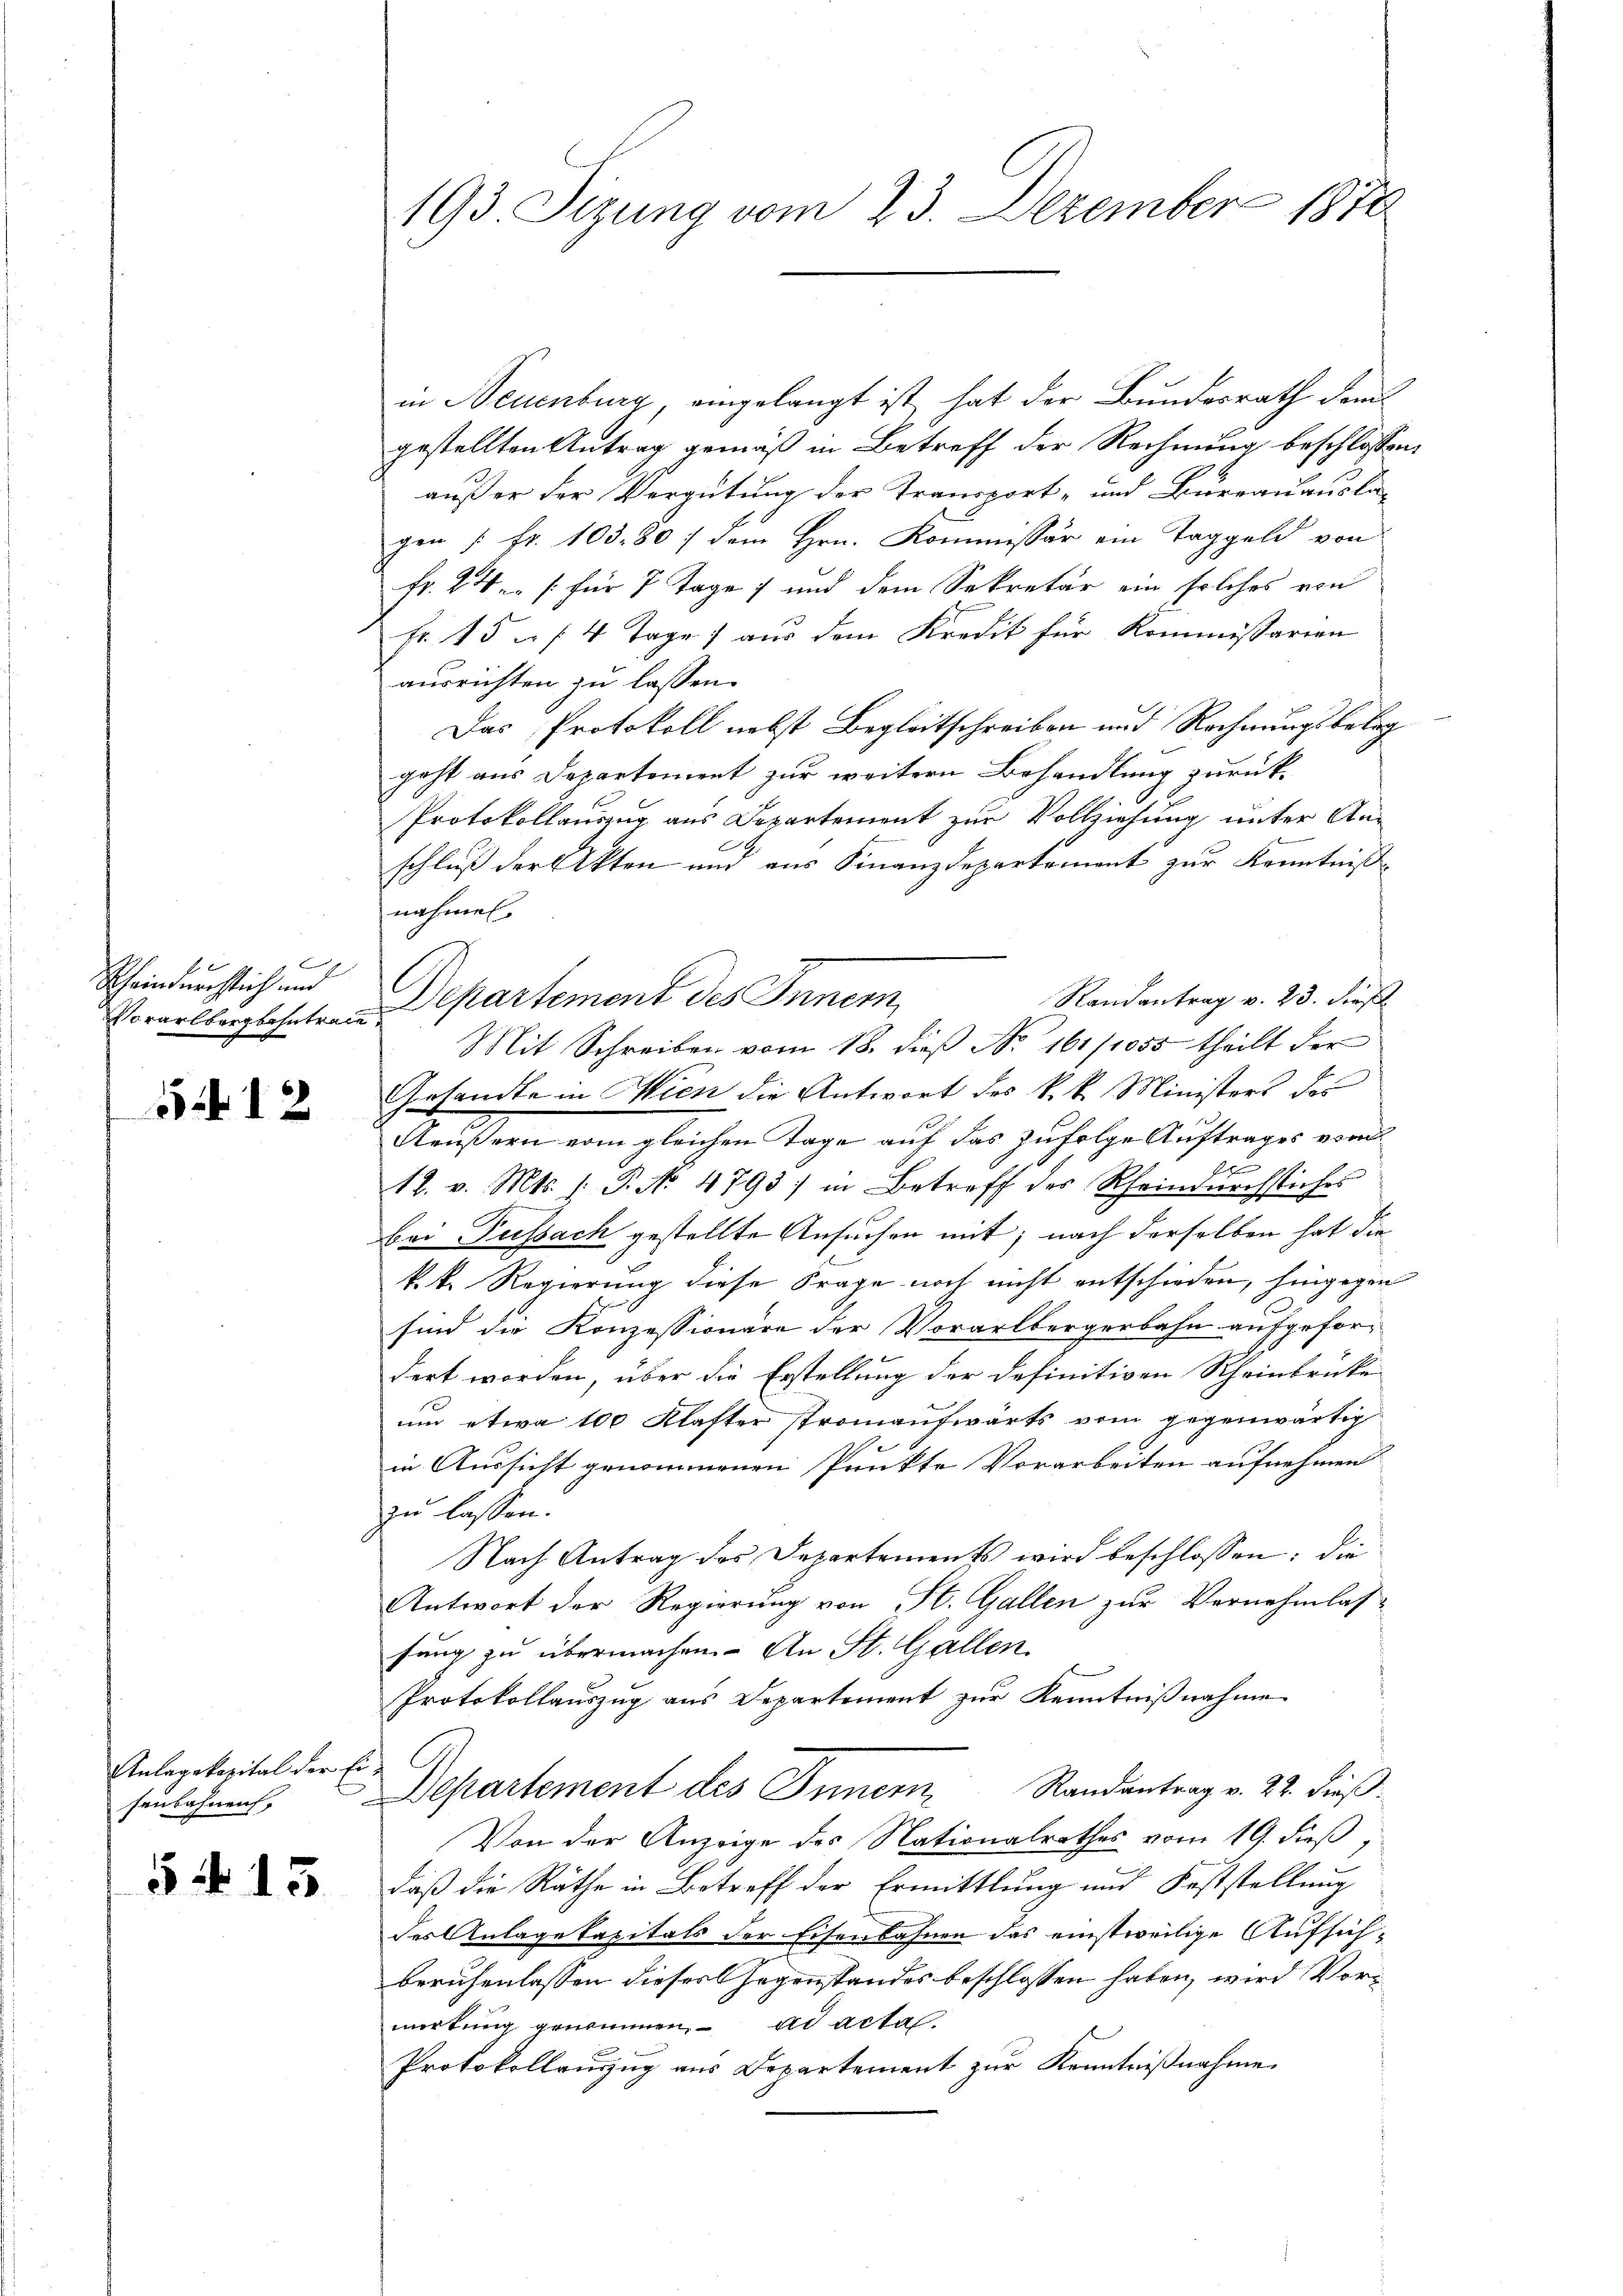
C
Scheindurchtlich und
Vorarlbergbahntraie

5412

Anlagekapital der Eisenbahnen,

5 N. 13

in Neuenburg, eingelangt ist hat der Bundesrath dem
gestellten Antrag gemäß in Betreff der Rechnung beschlossen:
außer der Vergütung der Transport- und Bureauausla
gen /: fr. 103. 80 :/ dem Hrn. Kommissär ein Taggeld von
Fr. 2 Ven /: für 7 Tage ; und dem Sekretär ein solches von
Fr. 15 - 14 Tage) aus dem Kredit für Kommissarien
ausrichten zu lassen.
Das Protokoll nebst Begleitschreiben und Rechnungsbeleg
geht aus Departement zur weitern Behandlung zurück-
Protokollauszug aus Departement zur Vollziehung unter Anschluß der Akten und aus Finanzdepartement zur Kenntniß
nahmen.
Randantrag v. 23. dies
Departement des Innem
Mit Schreiben vom 18. dieβ No. 161/1055 theilt der
Gesandte in Wien die Antwort des k.k. Ministers des
Aeußern vom gleichen Tage auf das zufolge Auftrages vom
e
12. v. Mts. (: P. No 4793) in Betreff des Rheindurchstiches
bei Fussach gestellte Ansuchen mit; nach derselben hat die
k. k. Regierung diese Frage noch nicht entschieden, hingegen
sind die Konzessionäre der Vorarlbergerbahn aufgefordert worden, über die Erstellung der definitiven Rheinbrucke
um etwa 100 Klafter stromaufwärts vom gegenwärtig
in Aussicht genommenen Punkte Vorarbeiten aufnehmen
zu lassen.
Nach Antrag des Departements wird beschlossen: die
Antwort der Regierung von St. Gallen zur Vernehmlas-
fung zu übermachen. An St. Gallen
Protokollauszug aus Departement zur Kenntnißnahme
Departement des Innern Randantrag v. 22. dieß.
Von der Anzeige des Nationalrathes vom 19. dieß,
e
daß die Räthe in Betreff der Ermittlung und Feststellung
des Anlagekapitals der Eisenbahnen des einstweilige Aufsichberuhenlassen dieser Gegenstandes beschlossen haben, wird Vormirkung genommen. ad acta
Protokollauszug aus Departement zur Kenntnißnahme

193 Sizung vom 23. Dezember 1832.